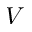
V